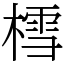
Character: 樰